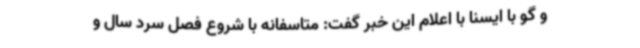
و گو با ایسنا با اعلام این خبر گفت: متاسفانه با شروع فصل سرد سال و